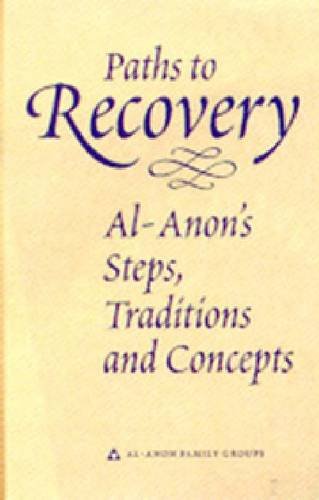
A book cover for Paths to Recovery: Al-Anon's Steps, Traditions, and Concepts; Al-Anon Family Group Head Inc; Health, Fitness & Dieting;